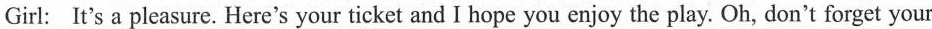
Girl:It's a pleasure. Here's your ticket and I hope you enjoy the play. Oh, don't forget your